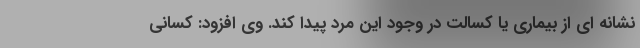
نشانه ای از بیماری یا کسالت در وجود این مرد پیدا کند. وی افزود: کسانی